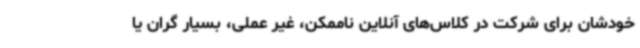
خودشان برای شرکت در کلاس‌های آنلاین ناممکن، غیر عملی، بسیار گران یا